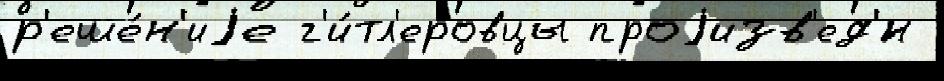
р'еше́н'иjе г'и́тл'еровцы проjизв'ед'́н